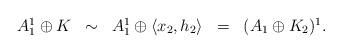
LaTeX: \begin{align*}\begin{array}{lllllll}A^1_1 \oplus K &\sim& A^1_1 \oplus \langle x_2, h_2\rangle&=&(A_1 \oplus K_2)^1.\end{array}\end{align*}